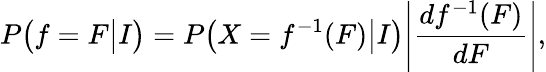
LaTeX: P\big(f=F\big|I\big)=P\big(X=f^{-1}(F)\big|I\big)\Bigg|\frac{df^{-1}(F)}{dF}\Bigg|,